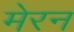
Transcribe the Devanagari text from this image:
मेरन